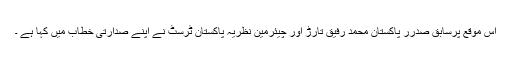
اس موقع پرسابق صدرر پاکستان محمد رفیق تارڑ اور چیئرمین نظریہ ٔپاکستان ٹرسٹ نے اپنے صدارتی خطاب میں کہا ہے ۔